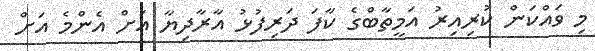
މި ވައްކަން ކުރިއިރު އަމީތާބްގެ ކާފަ ދަރިފުޅު އާރާދިޔާ އަށް އެންމެ އަށް